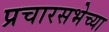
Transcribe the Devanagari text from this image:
प्रचारसभेच्या